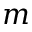
m